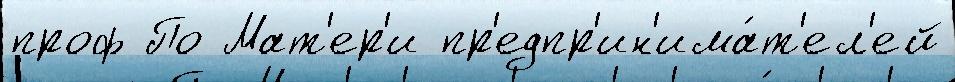
проф По Мат'ер'и пр'едпр'ин'има́т'ел'ей